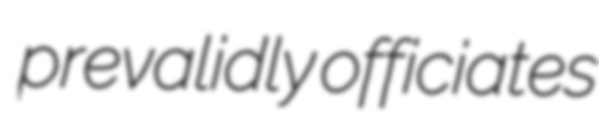
prevalidly officiates